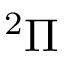
^ { 2 } \Pi